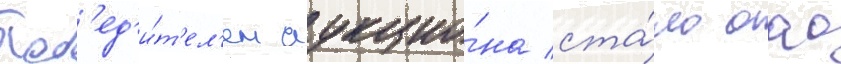
Поб'ед'и́т'ел'ем аукцио́на ста́ло оао